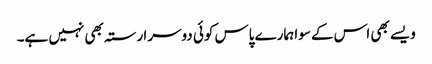
ویسے بھی اس کے سوا ہمارے پاس کوئی دوسرا رستہ بھی نہیں ہے۔